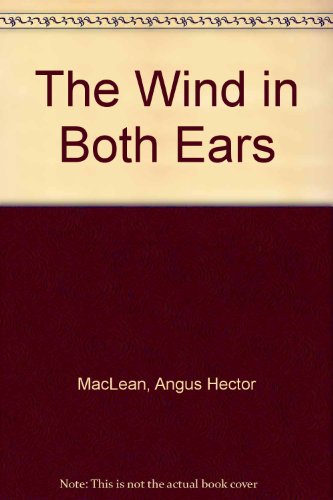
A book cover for The Wind in Both Ears; Angus Hector MacLean; Religion & Spirituality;